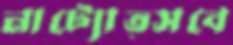
নাট্যোত্সবে